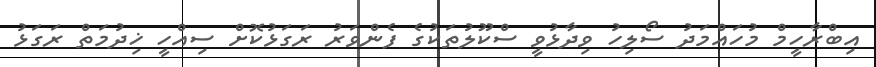
އިބްރާހީމް މުހައްމަދު ސޯލިހު ވިދާޅުވީ ސްކޫލުތަކުގެ ފެންވަރު ރަގަޅުކޮށް ސިއްހީ ޚިދުމަތް ރަގަޅު